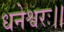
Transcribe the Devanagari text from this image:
धनेश्वरः।।